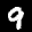
Label: 9